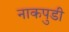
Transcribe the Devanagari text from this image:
नाकपुडी